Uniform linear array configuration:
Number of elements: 8
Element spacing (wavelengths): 0.75
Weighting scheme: binomial
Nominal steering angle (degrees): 15
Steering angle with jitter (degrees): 13.874
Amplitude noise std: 0.05
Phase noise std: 0.05

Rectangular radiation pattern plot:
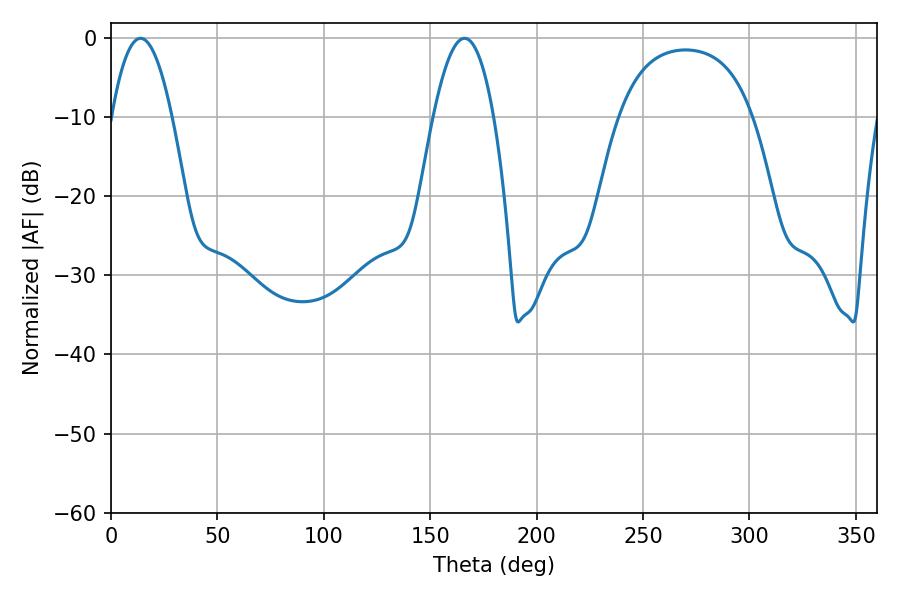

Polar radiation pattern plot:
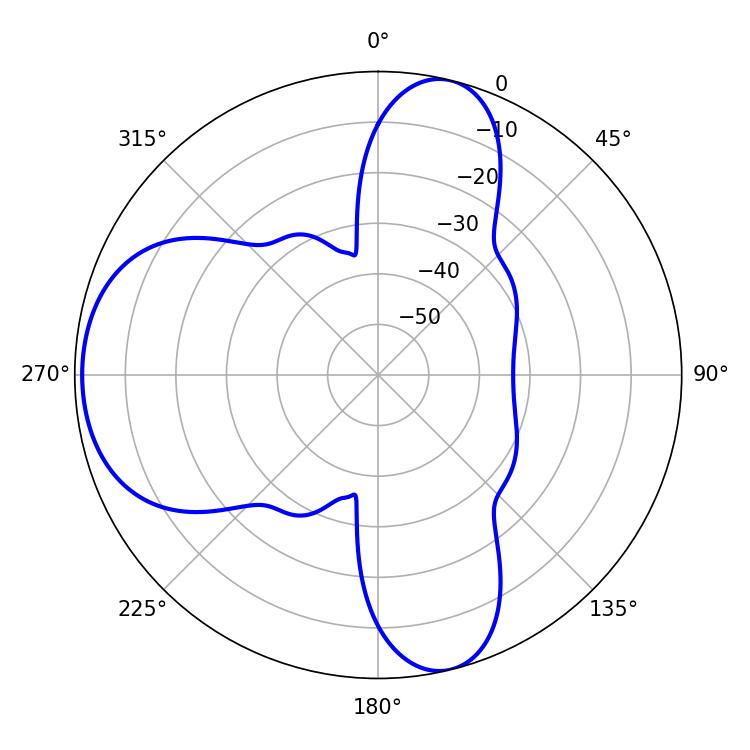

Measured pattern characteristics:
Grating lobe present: TRUE
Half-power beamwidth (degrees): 15.48
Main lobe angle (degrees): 13.86